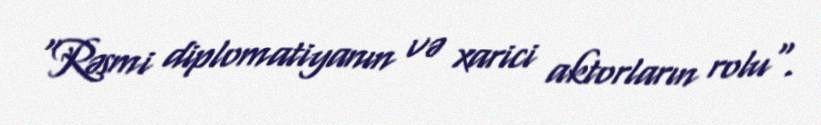
"Rəsmi diplomatiyanın və xarici aktorların rolu".